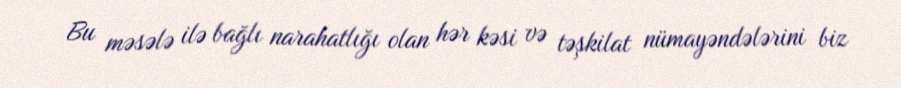
Bu məsələ ilə bağlı narahatlığı olan hər kəsi və təşkilat nümayəndələrini biz